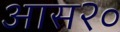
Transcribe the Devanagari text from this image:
आस२०